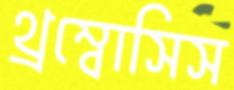
থ্রম্বোসিস